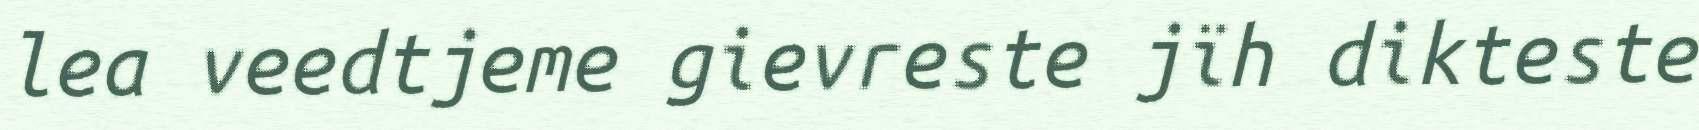
lea veedtjeme gievreste jïh dikteste